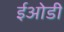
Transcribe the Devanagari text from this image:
ईओडी